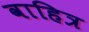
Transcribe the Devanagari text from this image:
वाहित्र